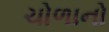
ચોળાનો